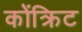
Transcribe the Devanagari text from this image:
कोंक्रिट